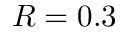
R = 0 . 3